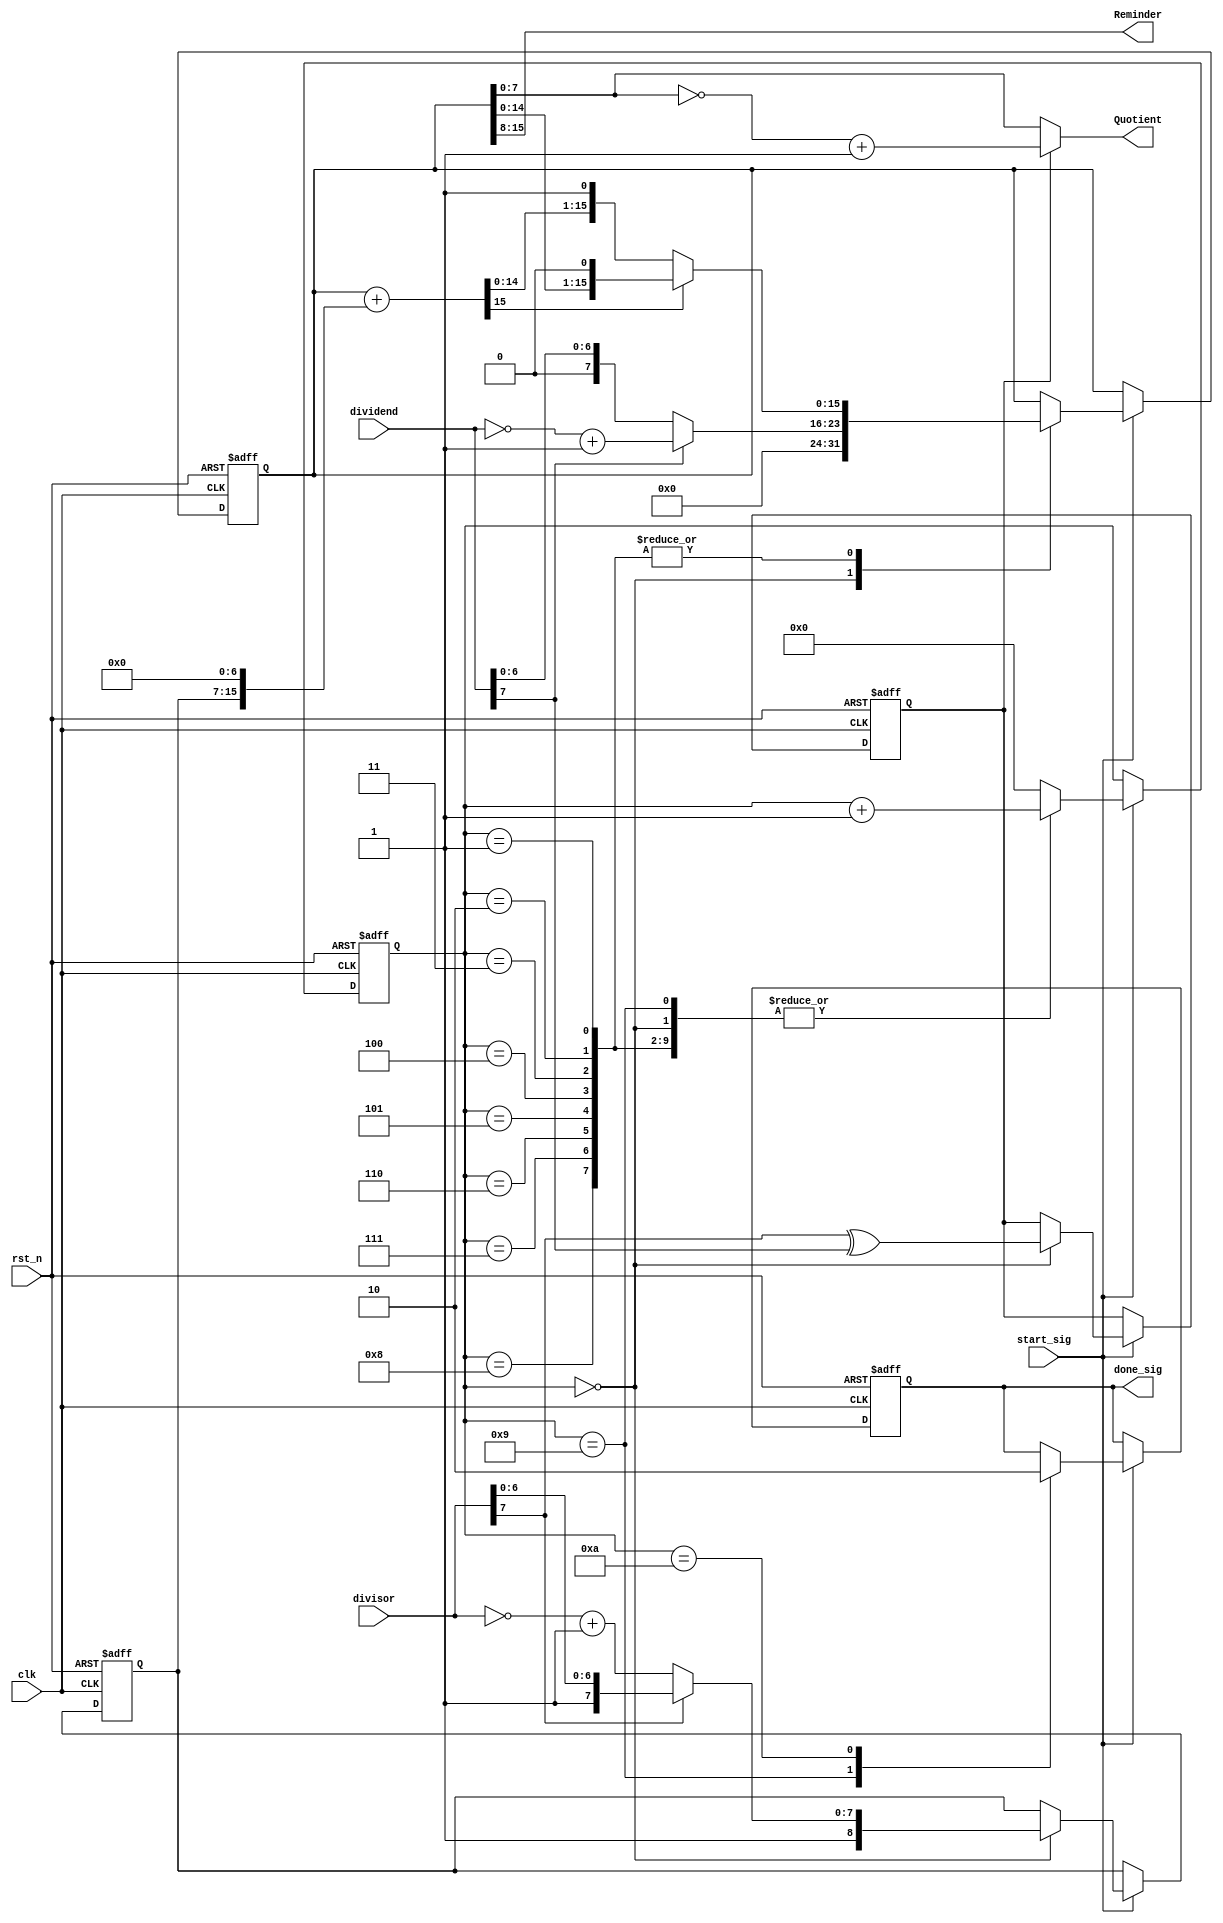
`timescale 1ns/1ns
module STREAMLINEDDIVIDER(
    clk,
    rst_n,
    divisor,
    dividend,
    start_sig,

    done_sig,
    Quotient,
    Reminder
);
// input ports---------------
    input   clk;
    input   rst_n;
    input   start_sig;
    input   [7:0]divisor;
    input   [7:0]dividend;
// output ports---------------
    output  done_sig;
    output  [7:0]Quotient;//
    output  [7:0]Reminder;//
// internal variables------------
    reg     [3:0]i;//i
    reg     [8:0]s;//s
    reg     [15:0]Temp;//
    wire     [15:0]Diff;//
    reg     isNeg;
    reg     isDone;

    assign Diff = Temp + {s,7'd0};//
    assign done_sig = isDone;
    assign Quotient = isNeg?(~Temp[7:0]+1):Temp[7:0];
    assign Reminder = Temp[15:8];
    // codes start here--------------
    always@(posedge clk or negedge rst_n)
    if(!rst_n)//reset neg
    begin
        i <= 0;
        s <= 9'd0;
        Temp <= 16'd0;
        //Diff <= 16'd0;
        isNeg <= 0;
        isDone <= 0;
    end
    else if (start_sig) begin
        case (i)
            0:begin//
                Temp <= dividend[7]?{8'd0,~dividend+1'b1}:{8'd0,dividend};//80
                s <= divisor[7]?{divisor[7],divisor}:{1'b1,~divisor+1'b1};//s
                isNeg <= divisor[7]^dividend[7];//
                //Diff <= 16'd0;
                i <= i+1'b1;
            end
            1,2,3,4,5,6,7,8:begin
                //Diff <= Temp + {s,7'd0};//
                if(Diff[15])    Temp <= {Temp[14:0],1'b0};//0 
                else    Temp <= {Diff[14:0],1'b1};//0
                i <= i+1'b1;
            end
            9:begin
                isDone <= 1'b1;
                i <= i+1'b1;
            end
            10:begin
                isDone <= 1'b0;
                i <= 0;
            end
            default: begin
                i <= 0;
            end
        endcase
    end

    
endmodule